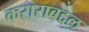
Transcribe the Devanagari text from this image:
कराराबद्दल